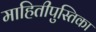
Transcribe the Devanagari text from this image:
माहितीपुस्तिका